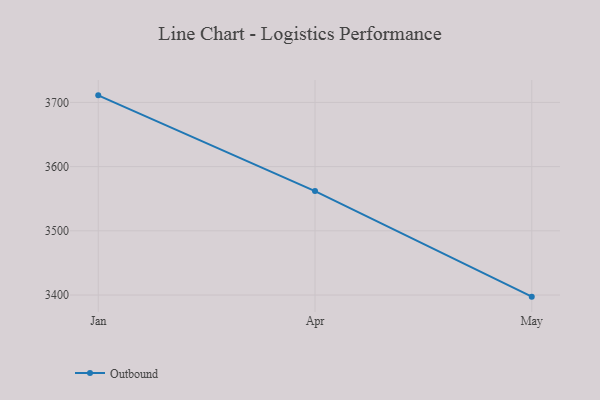
{"axis": {"x": "Month", "y": "Latency (ms)"}, "legend": ["Outbound"], "data": [{"x": "Jan", "y": 3711.0, "type": "Outbound"}, {"x": "Apr", "y": 3561.9, "type": "Outbound"}, {"x": "May", "y": 3397.5, "type": "Outbound"}]}